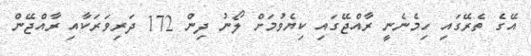
އޭގެ ތެރޭގައި ހިމެނެނީ ރާއްޖޭގައި ކިޔެވުމަށް ލޯނު ދިން 172 ދަރިވަރަކާއި ރާއްޖޭން